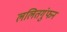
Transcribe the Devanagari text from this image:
ललितगुंफन